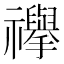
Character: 𮂥